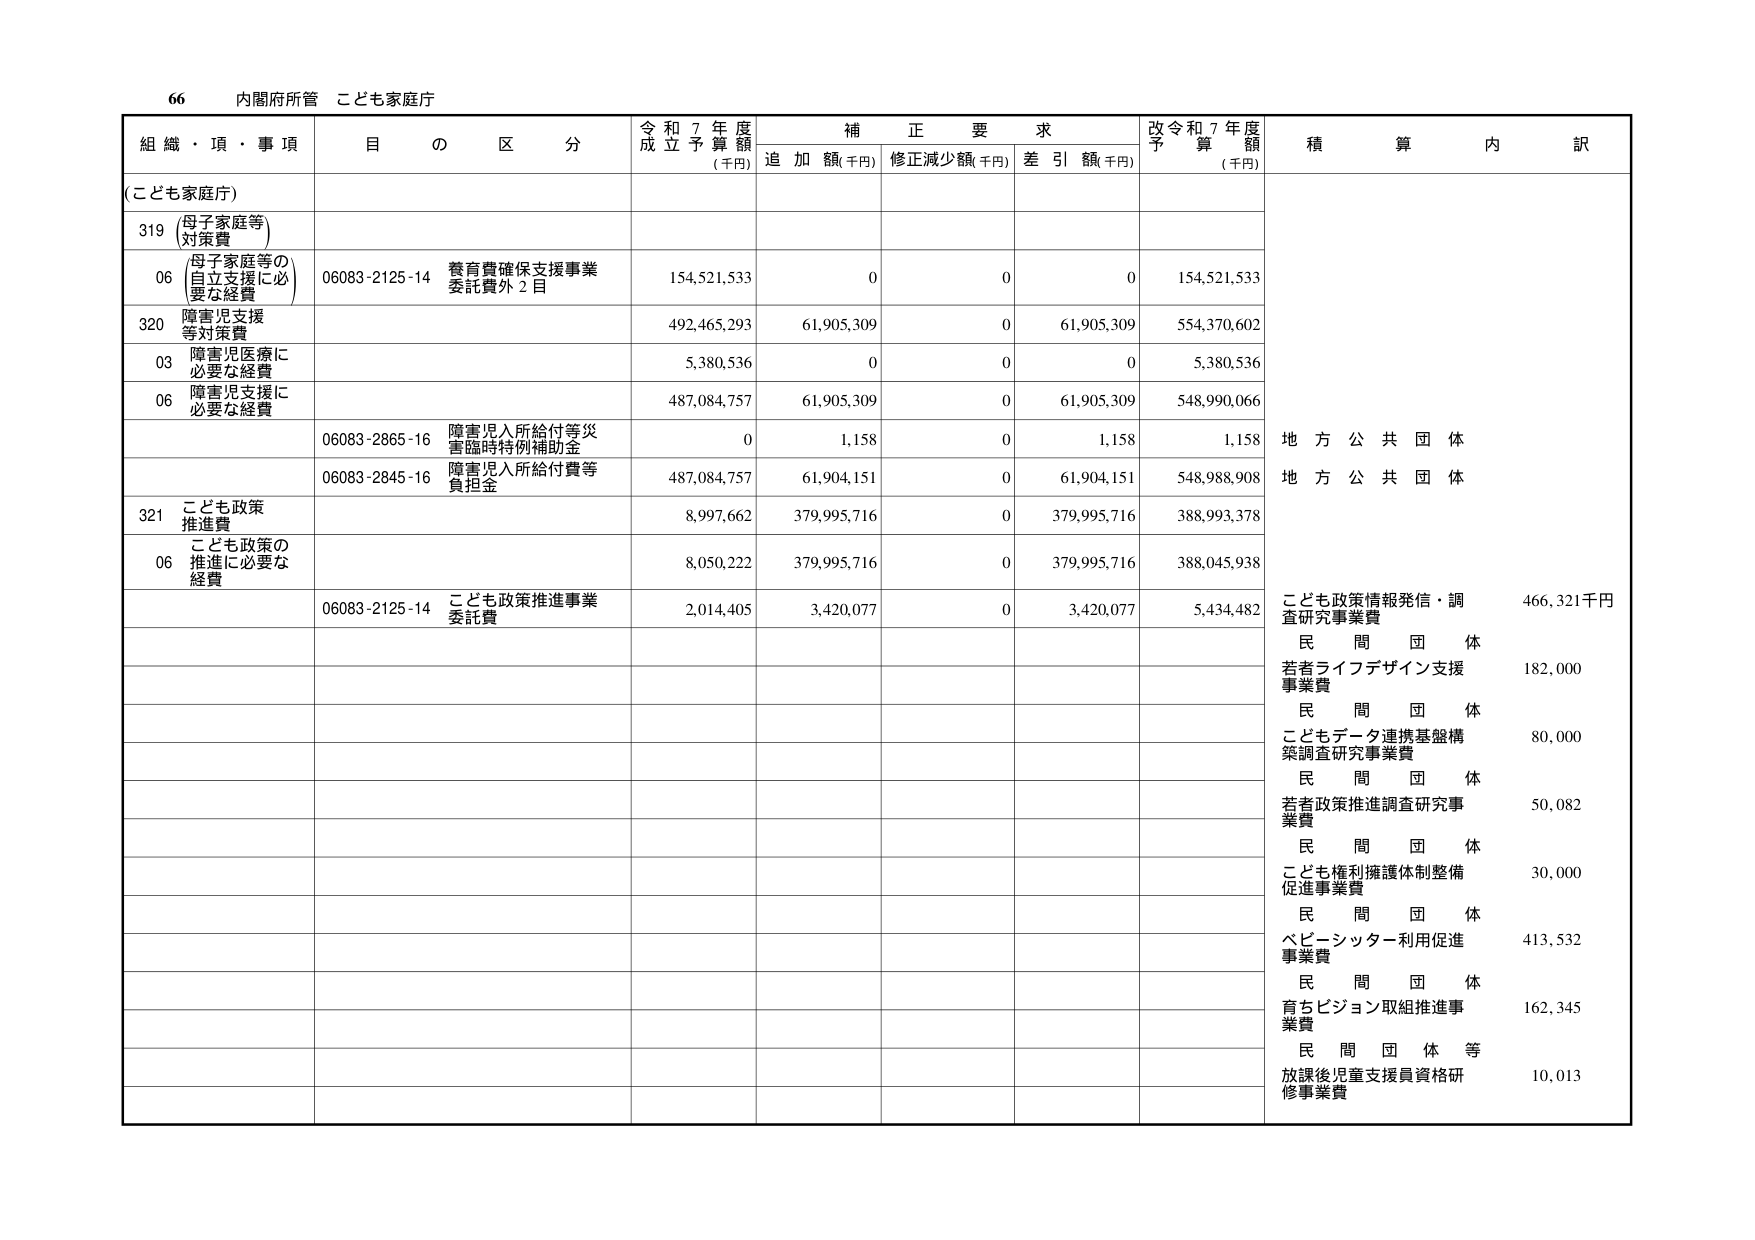
66 内閣府所管 こども家庭庁

組織・項・事項 目の区分 令和7年度成立予算額(千円) 補正要求 追加額(千円) 修正減少額(千円) 差引額(千円) 改令和7年度予算額(千円) 積算内訳

(こども家庭庁)

319 (母子家庭等) 対策費

06 (母子家庭等の 自立支援に必 要な経費) 06083-2125-14 養育費確保支援事業 委託費外2目 154,521,533 0 0 0 154,521,533

320 障害児支援 等対策費 492,465,293 61,905,309 0 61,905,309 554,370,602

03 障害児医療に 必要な経費 5,380,536 0 0 0 5,380,536

06 障害児支援に 必要な経費 487,084,757 61,905,309 0 61,905,309 548,990,066

06083-2865-16 障害児入所給付等災 害臨時特例補助金 0 1,158 0 1,158 1,158 地方公共団体

06083-2845-16 障害児入所給付費等 負担金 487,084,757 61,904,151 0 61,904,151 548,988,908 地方公共団体

321 こども政策 推進費 8,997,662 379,995,716 0 379,995,716 388,993,378

06 こども政策の 推進に必要な 経費 8,050,222 379,995,716 0 379,995,716 388,045,938

06083-2125-14 こども政策推進事業 委託費 2,014,405 3,420,077 0 3,420,077 5,434,482 こども政策情報発信・調 査研究事業費 466,321千円

民間団体 若者ライフデザイン支援 事業費 182,000

民間団体 こどもデータ連携基盤構 築調査研究事業費 80,000

民間団体 若者政策推進調査研究事 業費 50,082

民間団体 こども権利擁護体制整備 促進事業費 30,000

民間団体 ベビーシッター利用促進 事業費 413,532

民間団体 育ちビジョン取組推進事 業費 162,345

民間団体等 放課後児童支援員資格研 修事業費 10,013